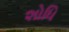
શોધિ